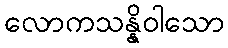
လောကသန္နိဝါသော